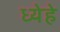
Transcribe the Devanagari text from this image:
ध्येहे